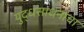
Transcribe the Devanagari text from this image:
युद्धसाधनांचा